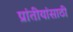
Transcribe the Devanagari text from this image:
प्रांतीयांसाठी